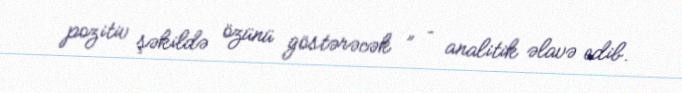
pozitiv şəkildə özünü göstərəcək ” – analitik əlavə edib.